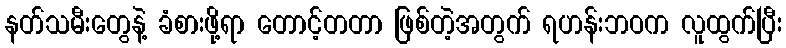
နတ်သမီးတွေနဲ့ ခံစားဖို့ရာ တောင့်တတာ ဖြစ်တဲ့အတွက် ရဟန်းဘဝက လူထွက်ပြီး